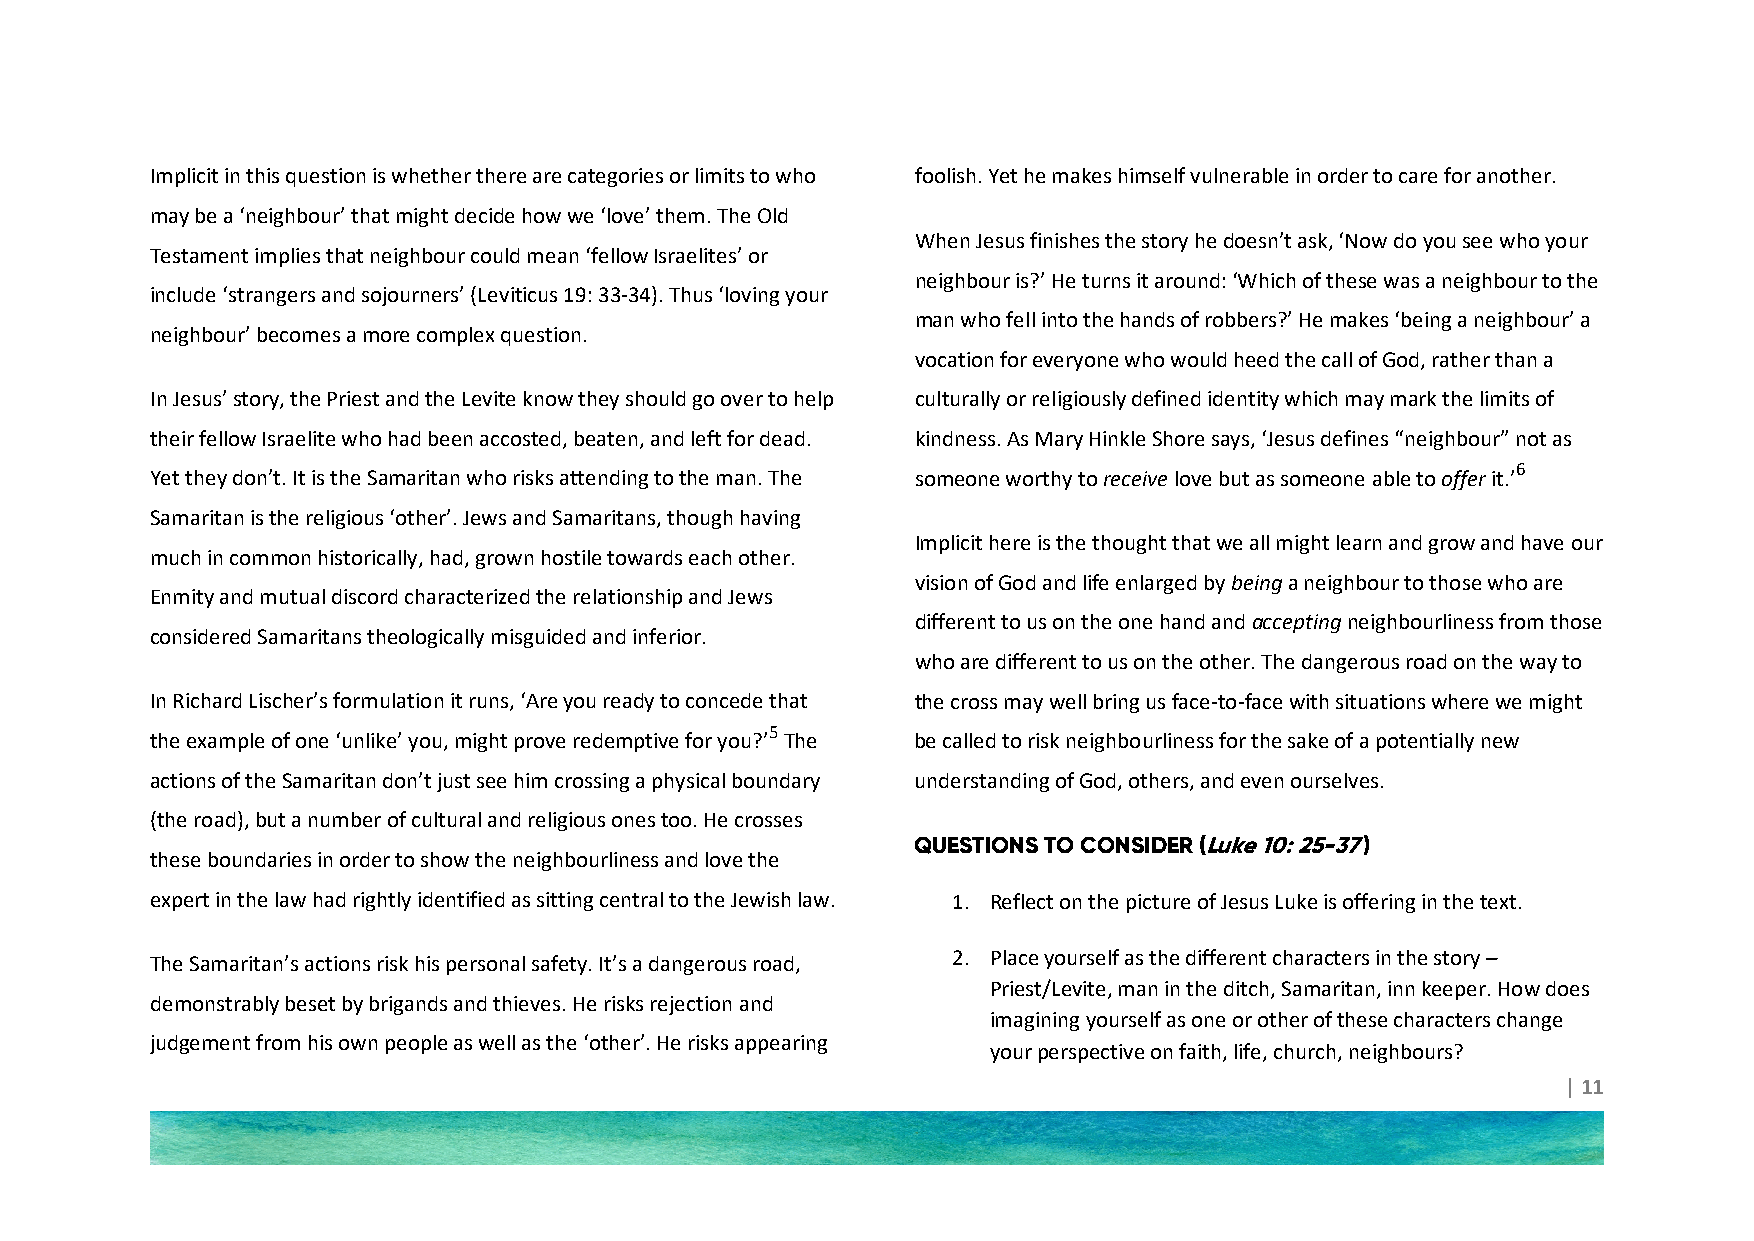
Implicit in this question is whether there are categories or limits to who foolish. Yet he makes himself vulnerable in order to care for another.
 may be a ‘neighbour’ that might decide how we ‘love’ them. The Old
 When Jesus finishes the story he doesn’t ask, ‘Now do you see who your
 Testament implies that neighbour could mean ‘fellow Israelites’ or
 neighbour is?’ He turns it around: ‘Which of these was a neighbour to the
 include ‘strangers and sojourners’ (Leviticus 19: 33-34). Thus ‘loving your
 man who fell into the hands of robbers?’ He makes ‘being a neighbour’ a
 neighbour’ becomes a more complex question.
 vocation for everyone who would heed the call of God, rather than a
 In Jesus’ story, the Priest and the Levite know they should go over to help culturally or religiously defined identity which may mark the limits of
 their fellow Israelite who had been accosted, beaten, and left for dead. kindness. As Mary Hinkle Shore says, ‘Jesus defines “neighbour” not as
 6
 Yet they don’t. It is the Samaritan who risks attending to the man. The someone worthy to receive love but as someone able to offer it.’
 Samaritan is the religious ‘other’. Jews and Samaritans, though having
 Implicit here is the thought that we all might learn and grow and have our
 much in common historically, had, grown hostile towards each other.
 vision of God and life enlarged by being a neighbour to those who are
 Enmity and mutual discord characterized the relationship and Jews
 different to us on the one hand and accepting neighbourliness from those
 considered Samaritans theologically misguided and inferior.
 who are different to us on the other. The dangerous road on the way to
 In Richard Lischer’s formulation it runs, ‘Are you ready to concede that the cross may well bring us face-to-face with situations where we might
 5
 the example of one ‘unlike’ you, might prove redemptive for you?’ The be called to risk neighbourliness for the sake of a potentially new
 actions of the Samaritan don’t just see him crossing a physical boundary understanding of God, others, and even ourselves.
 (the road), but a number of cultural and religious ones too. He crosses
 QUESTIONS TO CONSIDER (Luke 10: 25-37 )
 these boundaries in order to show the neighbourliness and love the
 expert in the law had rightly identified as sitting central to the Jewish law. 1. Reflect on the picture of Jesus Luke is offering in the text.
 The Samaritan’s actions risk his personal safety. It’s a dangerous road, 2. Place yourself as the different characters in the story –
 Priest/Levite, man in the ditch, Samaritan, inn keeper. How does
 demonstrably beset by brigands and thieves. He risks rejection and
 imagining yourself as one or other of these characters change
 judgement from his own people as well as the ‘other’. He risks appearing
 your perspective on faith, life, church, neighbours?
 | 11